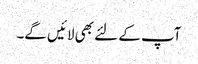
آپ کے لئے بھی لائیں گے۔